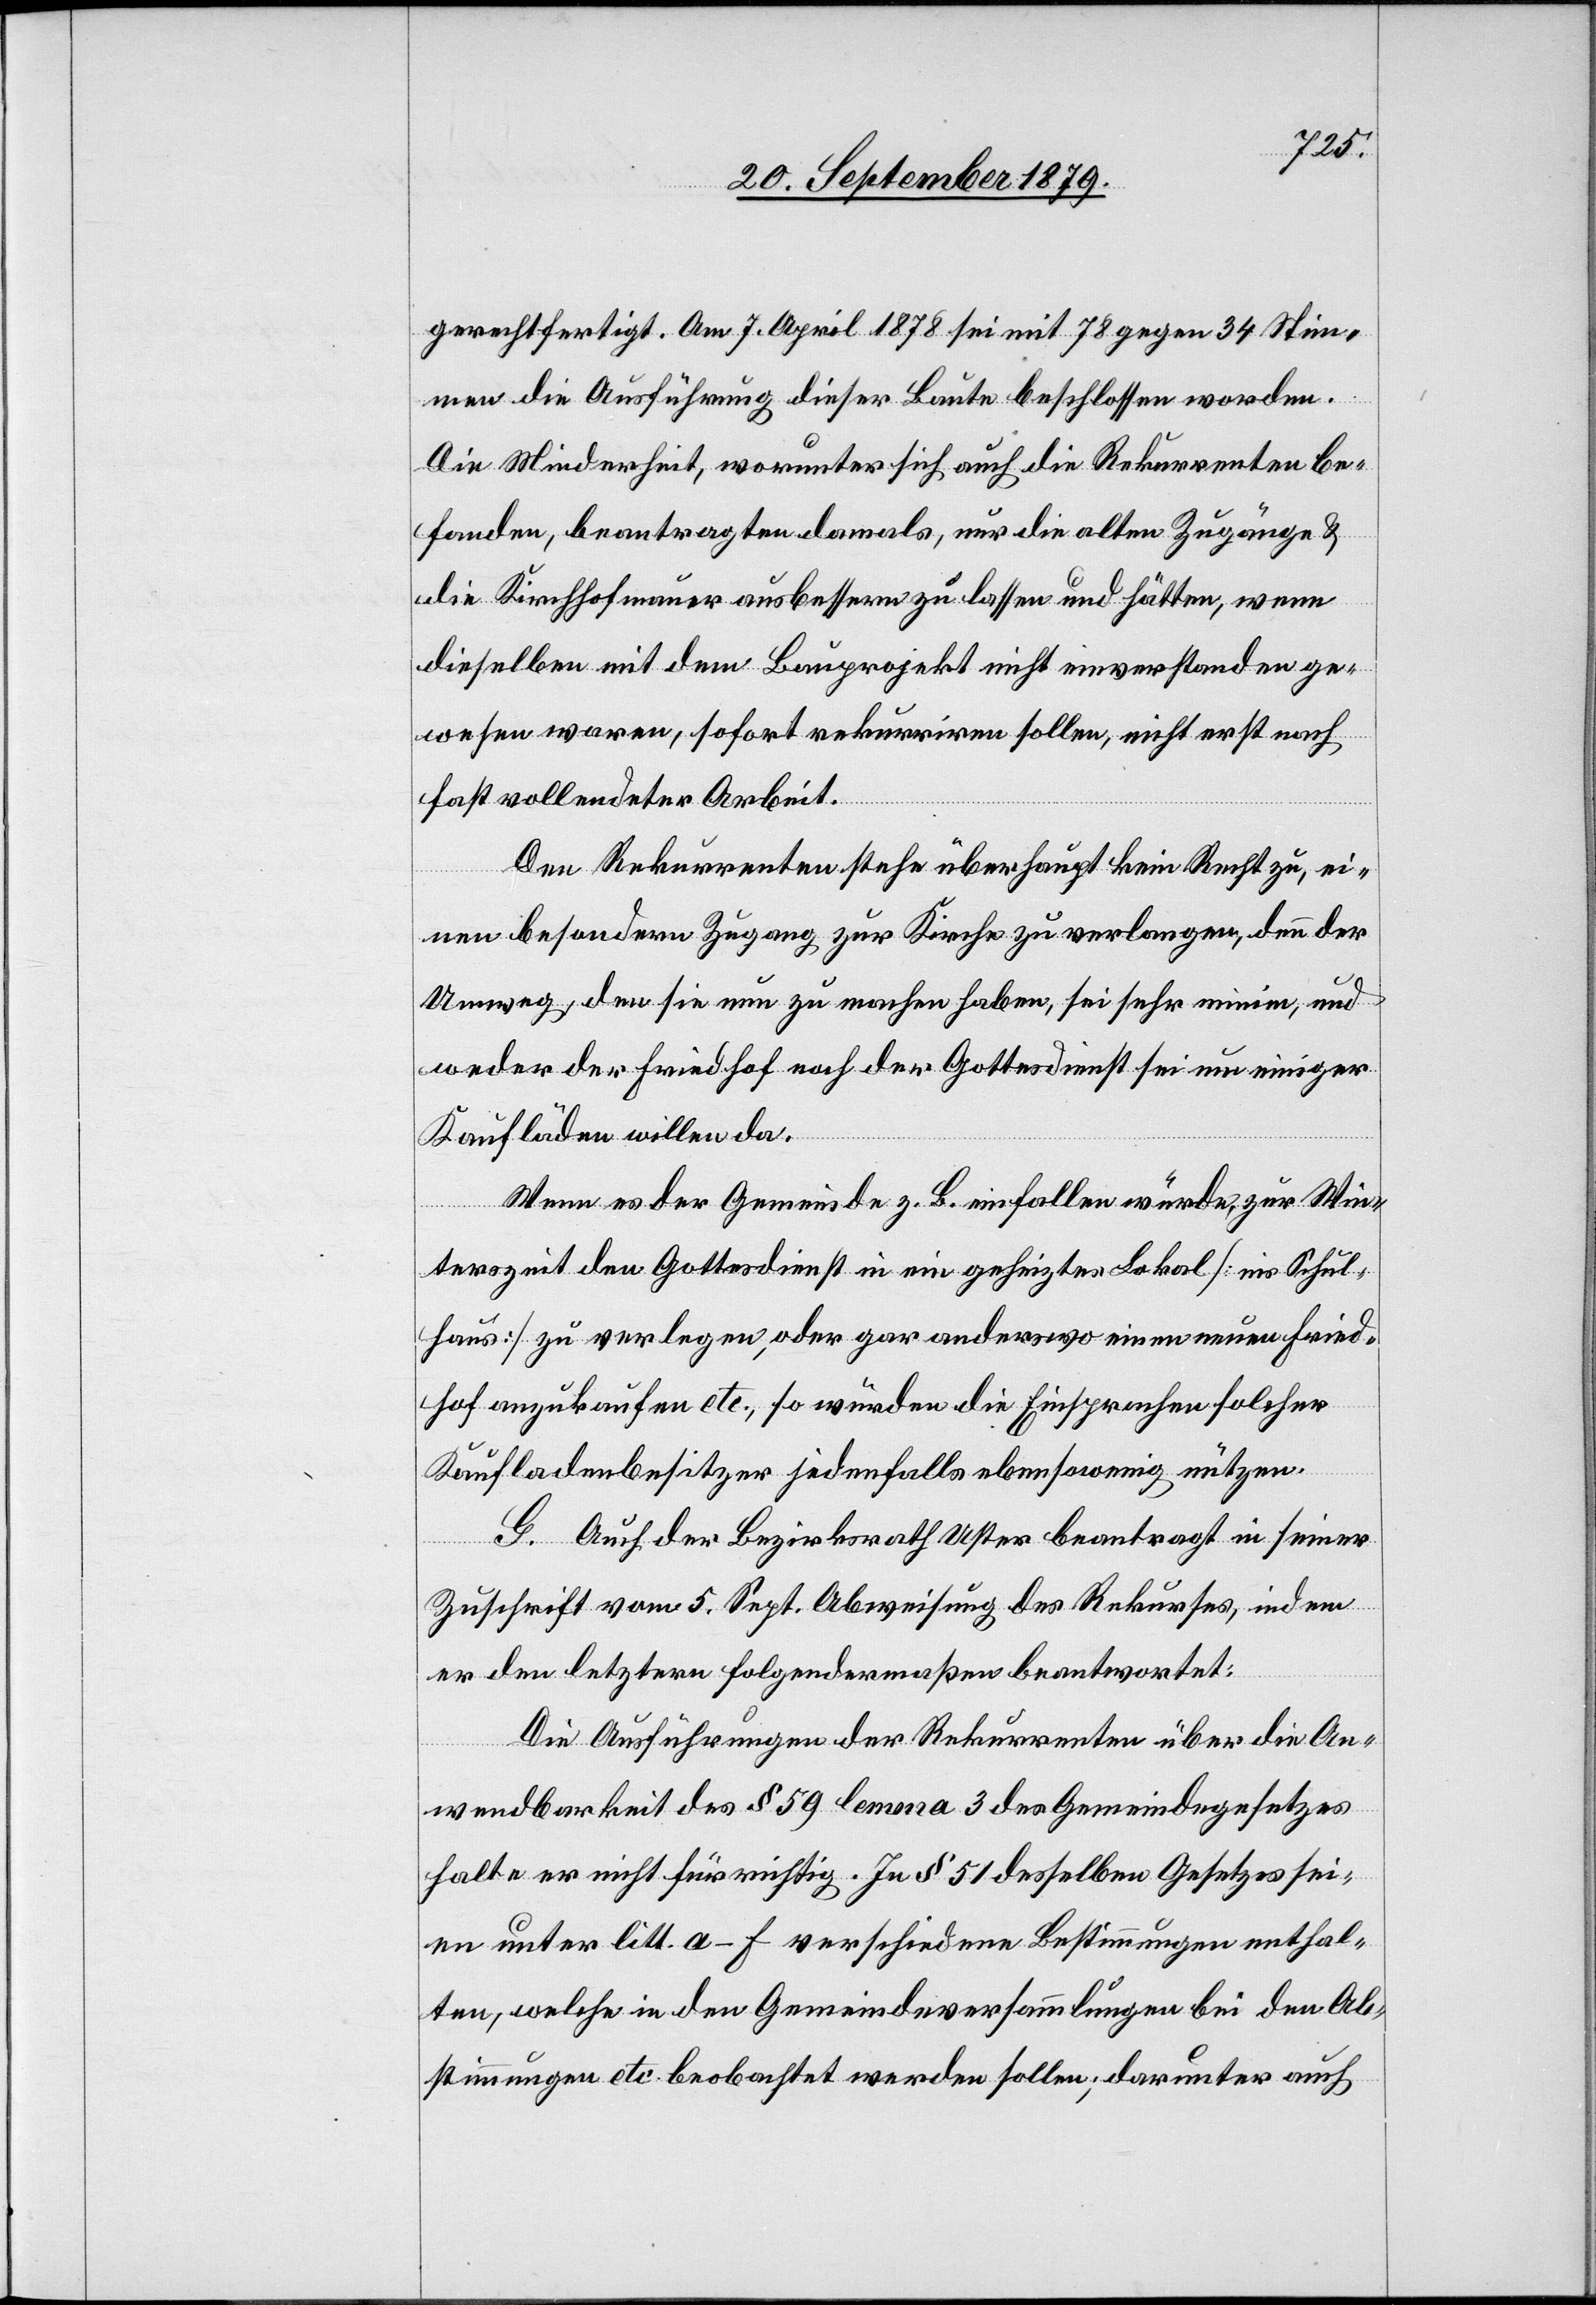
gerechtfertigt. Am 7. April 1878 sei mit 78 gegen 34 Stim¬
men die Ausführung dieser Baute beschlossen worden.
Die Minderheit, worunter sich auch die Rekurrenten be¬
fanden, beantragten damals, nur die alten Zugänge &
die Kirchhofmauer ausbessern zu lassen und hätten, wenn
dieselben mit dem Bauprojekt nicht einverstanden ge¬
wesen waren, sofort rekurriren sollen, nicht erst nach
fast vollendeter Arbeit.
Den Rekurrenten stehe überhaupt kein Recht zu, ei¬
nen besondern Zugang zur Kirche zu verlangen, denn der
Umweg, den sie nun zu machen haben, sei sehr minim, und
weder der Friedhof noch der Gottesdienst sei um einiger
Kaufläden willen da.
Wenn es der Gemeinde z. B. einfallen würde, zur Win¬
terszeit den Gottesdienst in ein geheiztes Lokal [ins Schul¬
haus] zu verlegen, oder gar anderswo einen neuen Fried¬
hof anzukaufen etc., so würden die Einsprachen solcher
Kaufladenbesitzer jedenfalls ebenso wenig nützen.
G. Auch der Bezirksrath Uster beantragt in seiner
Zuschrift vom 5. Sept. Abweisung des Rekurses, indem
er den letztern folgendermaßen beantwortet:
Die Ausführungen der Rekurrenten über die An¬
wendbarkeit des § 50 lemma 3 des Gemeindegesetzes
halte er nicht für richtig. In § 51 desselben Gesetzes sei¬
en unter litt. a–f verschiedene Bestimmungen enthal¬
ten, welche in den Gemeindeversammlungen bei den Ab¬
stimmungen etc. beobachtet werden sollen; darunter auch